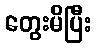
တွေးမိပြီး